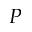
P